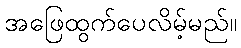
အဖြေထွက်ပေလိမ့်မည်။